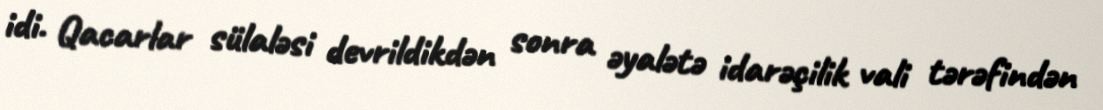
idi. Qacarlar sülaləsi devrildikdən sonra əyalətə idarəçilik vali tərəfindən